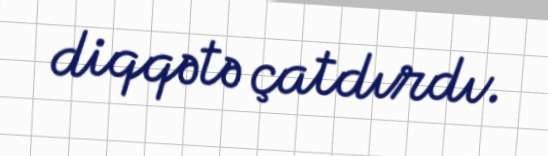
diqqətə çatdırdı.